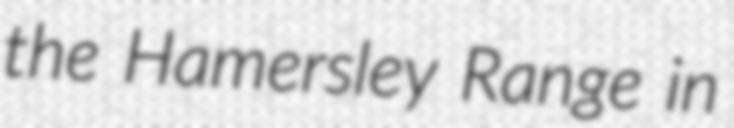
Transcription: the Hamersley Range in